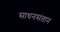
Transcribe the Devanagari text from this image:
साधनसंतान